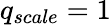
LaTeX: q_{scale}=1